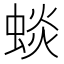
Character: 䗊